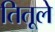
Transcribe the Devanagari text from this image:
तितूले